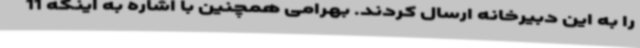
را به این دبیرخانه ارسال کردند. بهرامی همچنین با اشاره به اینکه 11